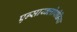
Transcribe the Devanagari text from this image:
एन्साय्क्लोपीडिया